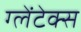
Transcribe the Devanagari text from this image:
ग्लेंटेक्स